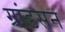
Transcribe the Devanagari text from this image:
ग्रांडसन